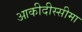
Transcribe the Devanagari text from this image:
आकीदीस्सीमा